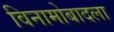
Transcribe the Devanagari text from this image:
विनामोबादला